Rapla_vallavalitsus, lk 7
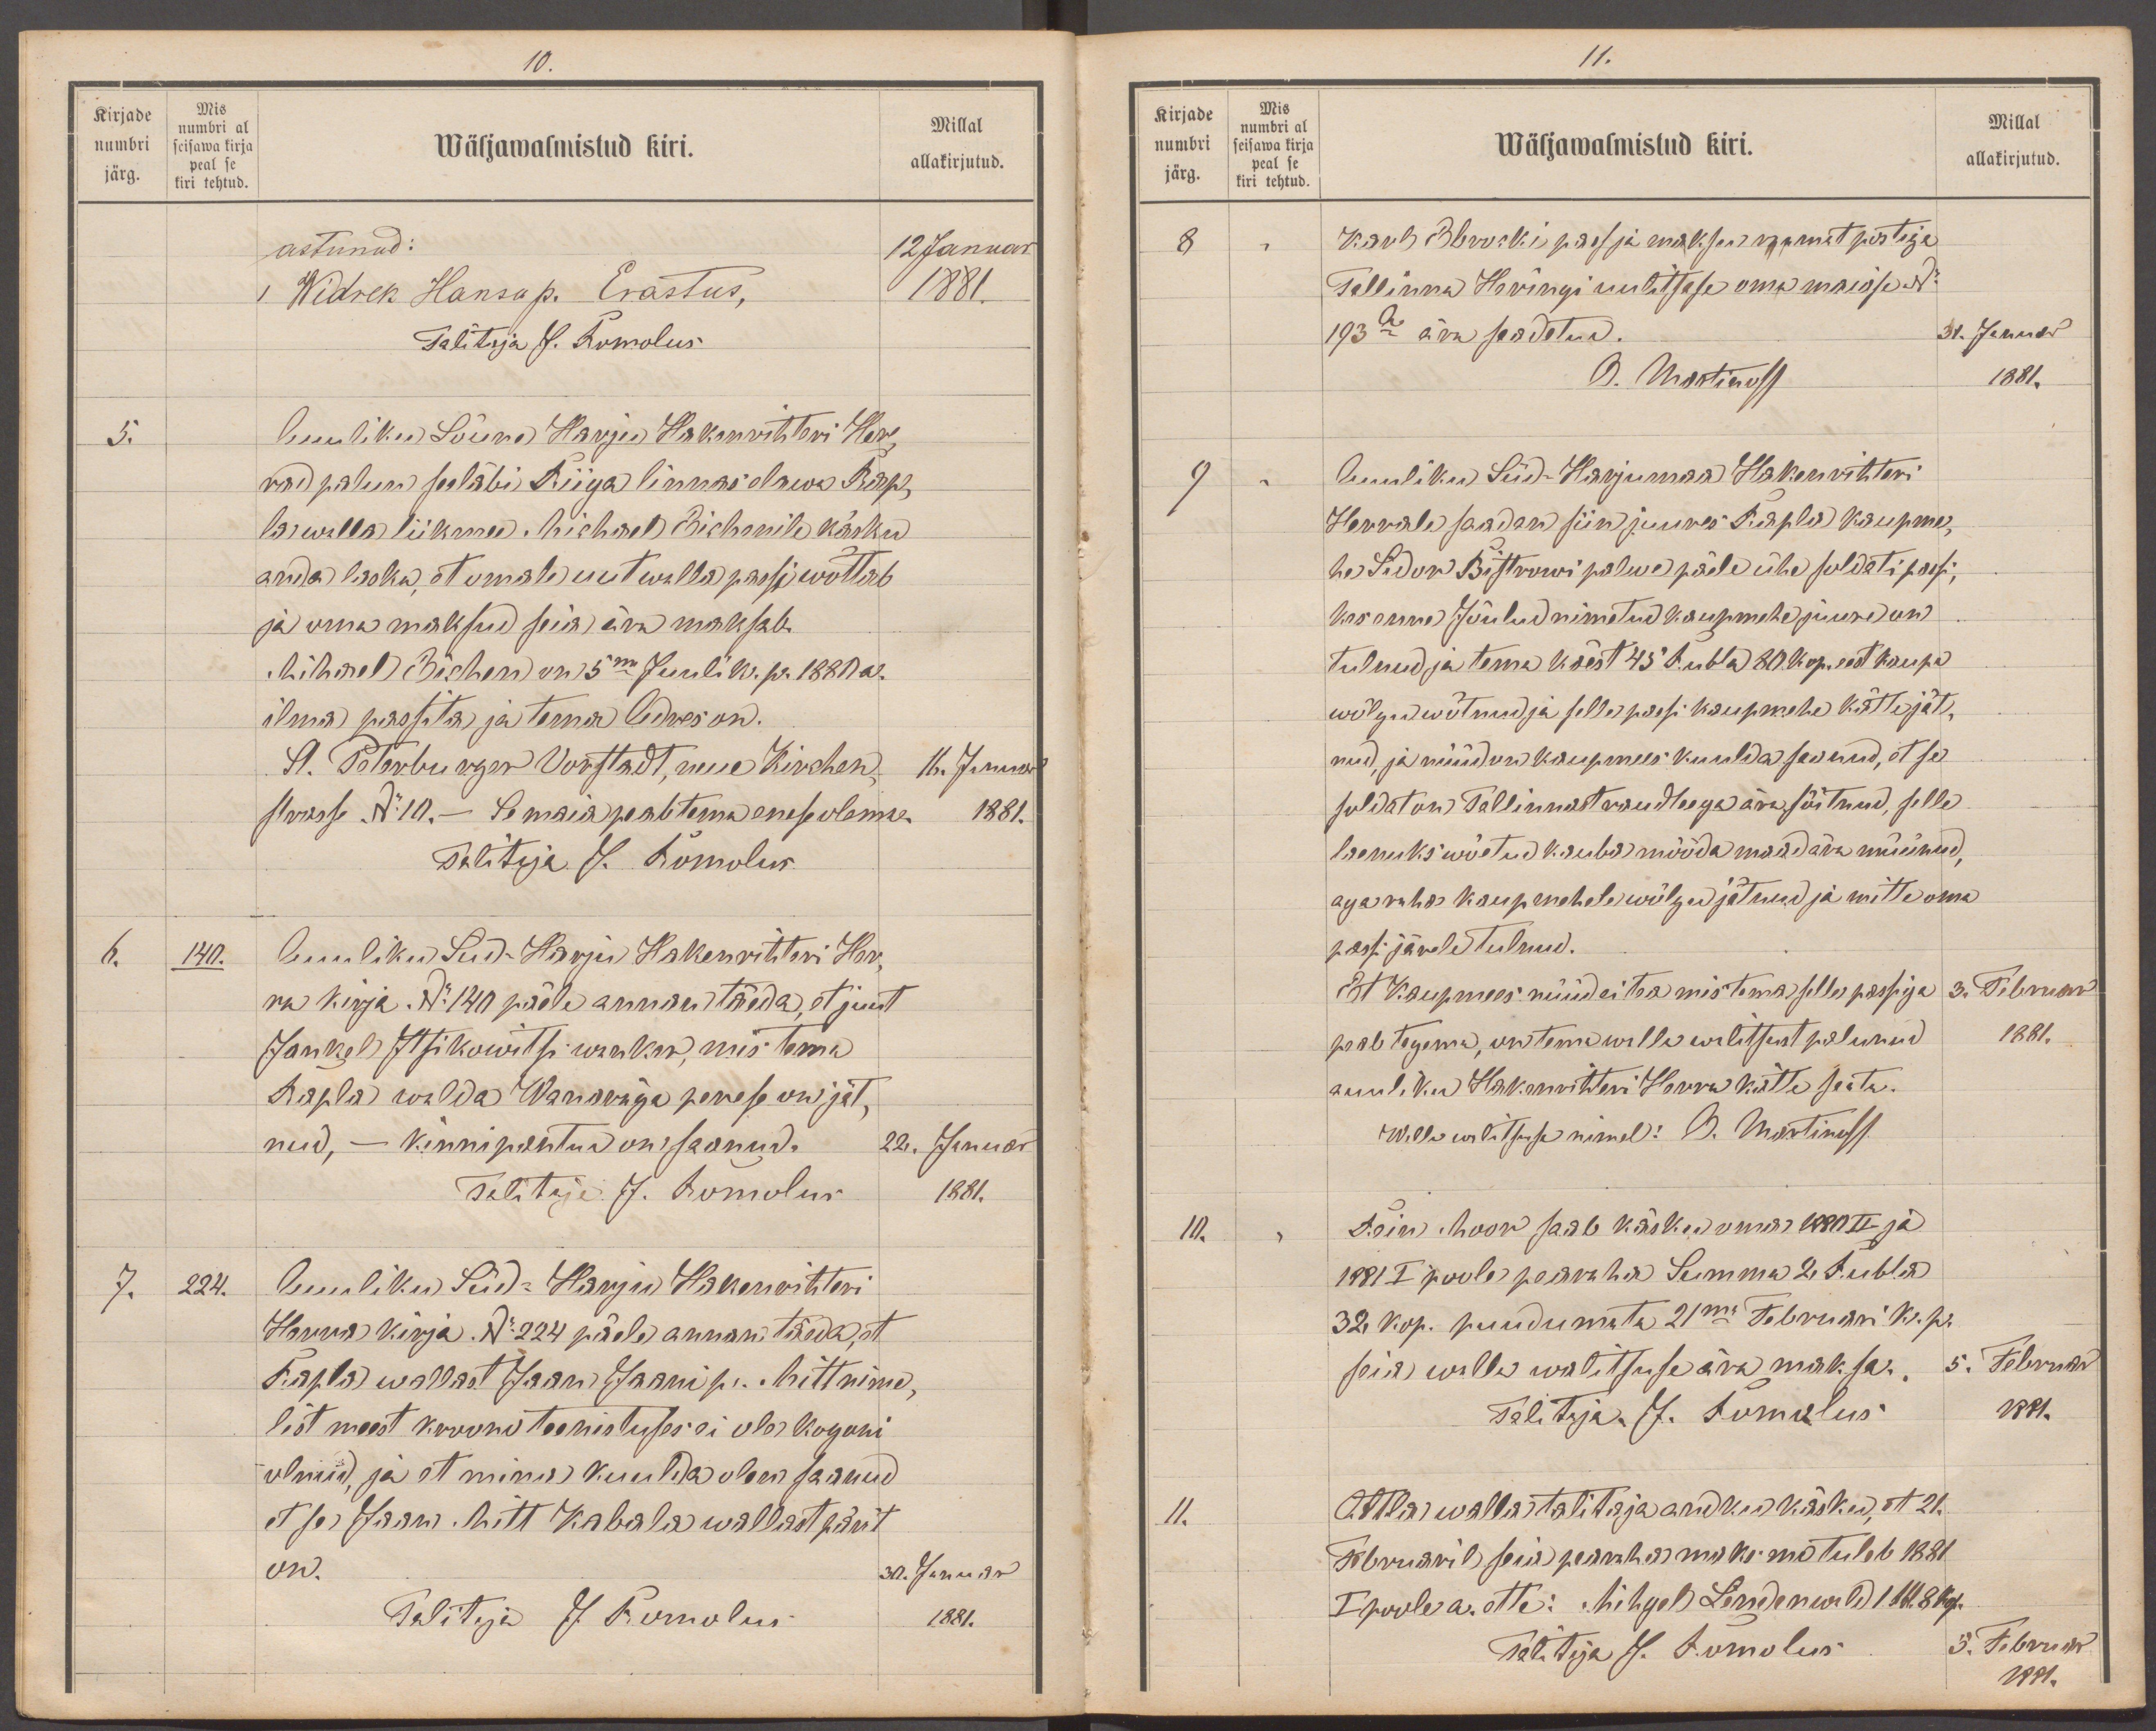
10.
Kirjade
Mis
numbri
numbri al
Wäljawalmistud kiri.
Millal
seisawa kirja
järg.
allakirjutud.
peal se
kiri tehtud
astunud:
12 Januar
1 Widrek Hansu p. Erastus,
1881.
Talitaja J. Romolus
5.
Auuliku Lõuna Harju Hakenrihteri Her-
rad palun seeläbi Riiga linnas olnud Rap
la walla liikmel Michael Bichenile käsku
anda laska, et omale uute walla passi wõttab
ja oma maksud seia ära maksab
Michel Bichen on 5ma Juuli k. pr. 1880 a.
ilma passita ja tema Adres on.
St. Peterburger Vortsadt, neue Kirchen-
16. Januar
strasse No10.- Se maia peab tema enese olema
1881.
Talitaja J. Romolus
6.
140
Auuliku Süd-Harju Hakenrihteri Här-
ra kirja. No 140 pälle annan täeda, et juut
Jankel Jtsikowitsi wanker, mis tema
Rapla walda Wanaräga perese on jät-
nud, - kinni peetud on saanud.
22. Januar
Talitaja J. Romolus
1881.
7.
224.
Auuliku Süd-Harju Hakenrihteri
Hanna Kirja No 224 päele annan täeda, et
Rapla wallast Jaani Jaani p. Mitt nime
list meest kroono teenistuses ei ole koguni
olnud ja et mina kuulda olen saanud
et se Jaan Mitt Kabala wallast pärit
on.
30. Januar
Talitaja J. Romolus
1881.

11.
Kirjade
Mis
numbri
numbri al
Millal
Wäljawalmistud kiri.
seisawa kirja
peal se
järg.
allakirjutud.
kiri tehtud
8
Karl Bbrolli pass ja maksu raamat postiga
Tallinna Heringi uulitsase oma maiase No
193a ära saadetud.
31. Januar
O. Martinoff
1881.
9
Auuliku Süd - Harjumaa Hakenrihteri
Herrale saadan siin juures Rapla kaupme-
he Sidor Bistrowi palwe päele ühe soldati passi,
kes enne Jõulud nimetud kaupmehe juure on
tulnud ja tema käest 45 Rubla 80 kop. eest kaupa
wõlgu wõtnud ja selle passi kaupmehe kätte jät-
nud ja nüüd on kaupmees kuulda saanud, et se
soldat on Tallinnast raudteega ära sõitnud, selle
laenuks wõetud kauba mööda maad ära müünud,
aga raha kaupmehele wõlgu jätnud ja mitte oma
passi järele tulnud.
Et Kaupmees nüüd ei tea mis tema selle passiga
3. Februar
peab tegema, on tema walla walitsust palunud
1881.
auuliku Hakenrihteri Herra kätte saata.
Walla walitsuse nimel: O. Martinoff
10.
Rein Moor saab käsk oma 1880 II ja
1881 I poole pearaha Summa 2 Rubla
32 kop. puudumata 21ma Februari k. p.
seia walla walitsuse ära maksa.
5. Februar
Talitaja. J. Romolus
1881.
11.
Attla walla talitaja andku käskud, et 21.
Februaril seia pearaha maksma tuleb 1881
I poole a. ette: Mihgel Lindenwald 1 Rbl. 8 Kop.
Talitaja J. Romolus
5. Februar
1881.